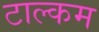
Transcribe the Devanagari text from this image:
टाल्कम